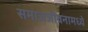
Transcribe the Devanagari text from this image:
समाजजीवनामध्ये